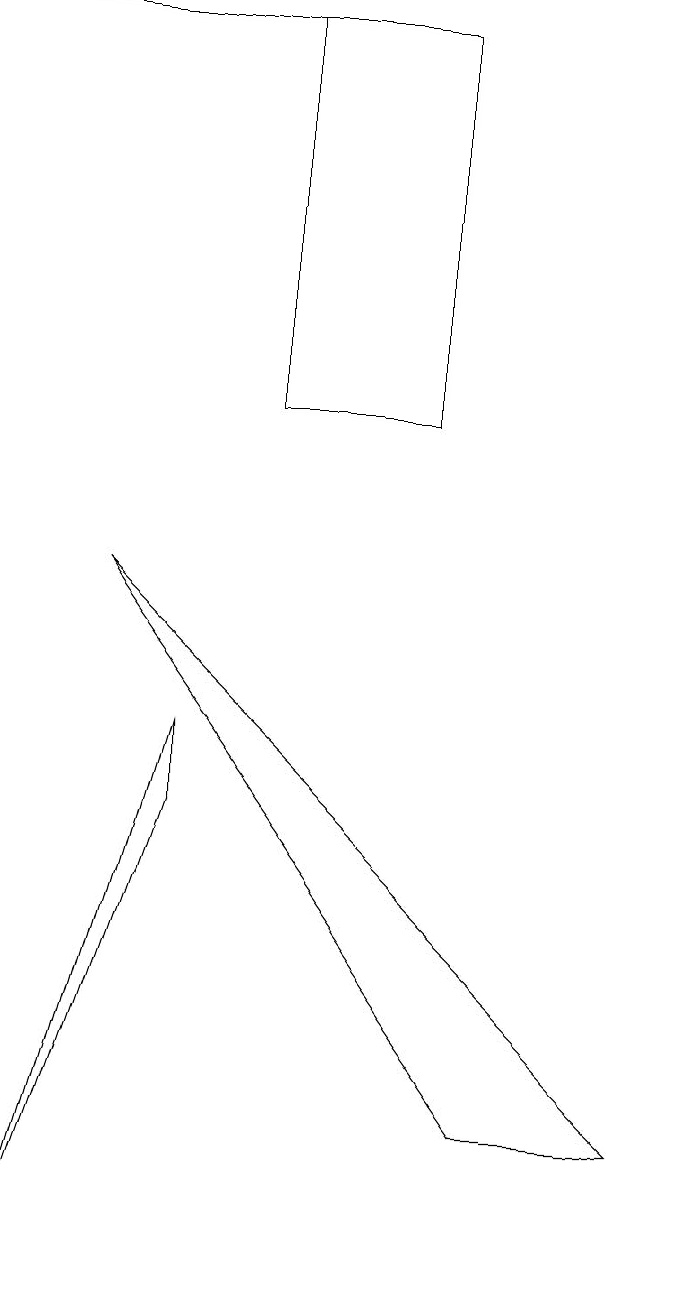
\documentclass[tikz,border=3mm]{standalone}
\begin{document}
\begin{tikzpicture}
\draw (2,6) -- (0,0) -- (2,7) -- cycle;
\draw (1,9) -- (6,2) -- (8,2) -- cycle;
\draw (0,16) rectangle (5,16);
\draw (3,11) rectangle (5,16);
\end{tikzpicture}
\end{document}